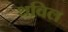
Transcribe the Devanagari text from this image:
थविल